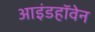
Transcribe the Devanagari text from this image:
आइंडहॉवेन